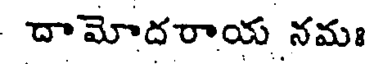
దామోదరాయ నమః